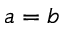
a = b